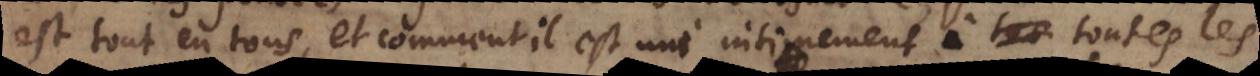
est tout en tous, et comment il est uni intimement à toutes les